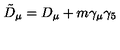
{ \tilde { D } } _ { \mu } = D _ { \mu } + m \gamma _ { \mu } \gamma _ { 5 }